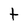
Character: t